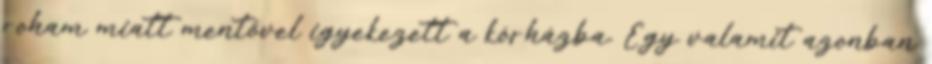
roham miatt mentővel igyekezett a kórházba. Egy valamit azonban